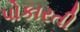
પોકારતી